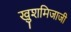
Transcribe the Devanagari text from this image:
खुशमिजाजी